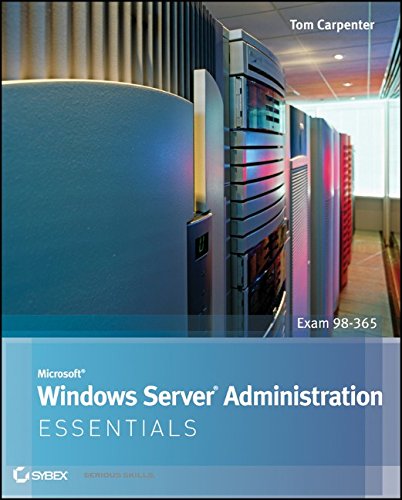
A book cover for Microsoft Windows Server Administration Essentials; Tom Carpenter; Computers & Technology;